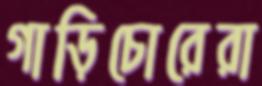
গাড়িচোরেরা